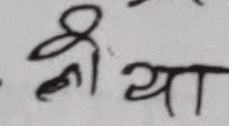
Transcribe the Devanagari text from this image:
श्रीया